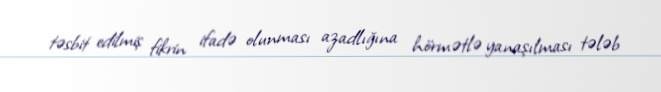
təsbit edilmiş fikrin ifadə olunması azadlığına hörmətlə yanaşılması tələb